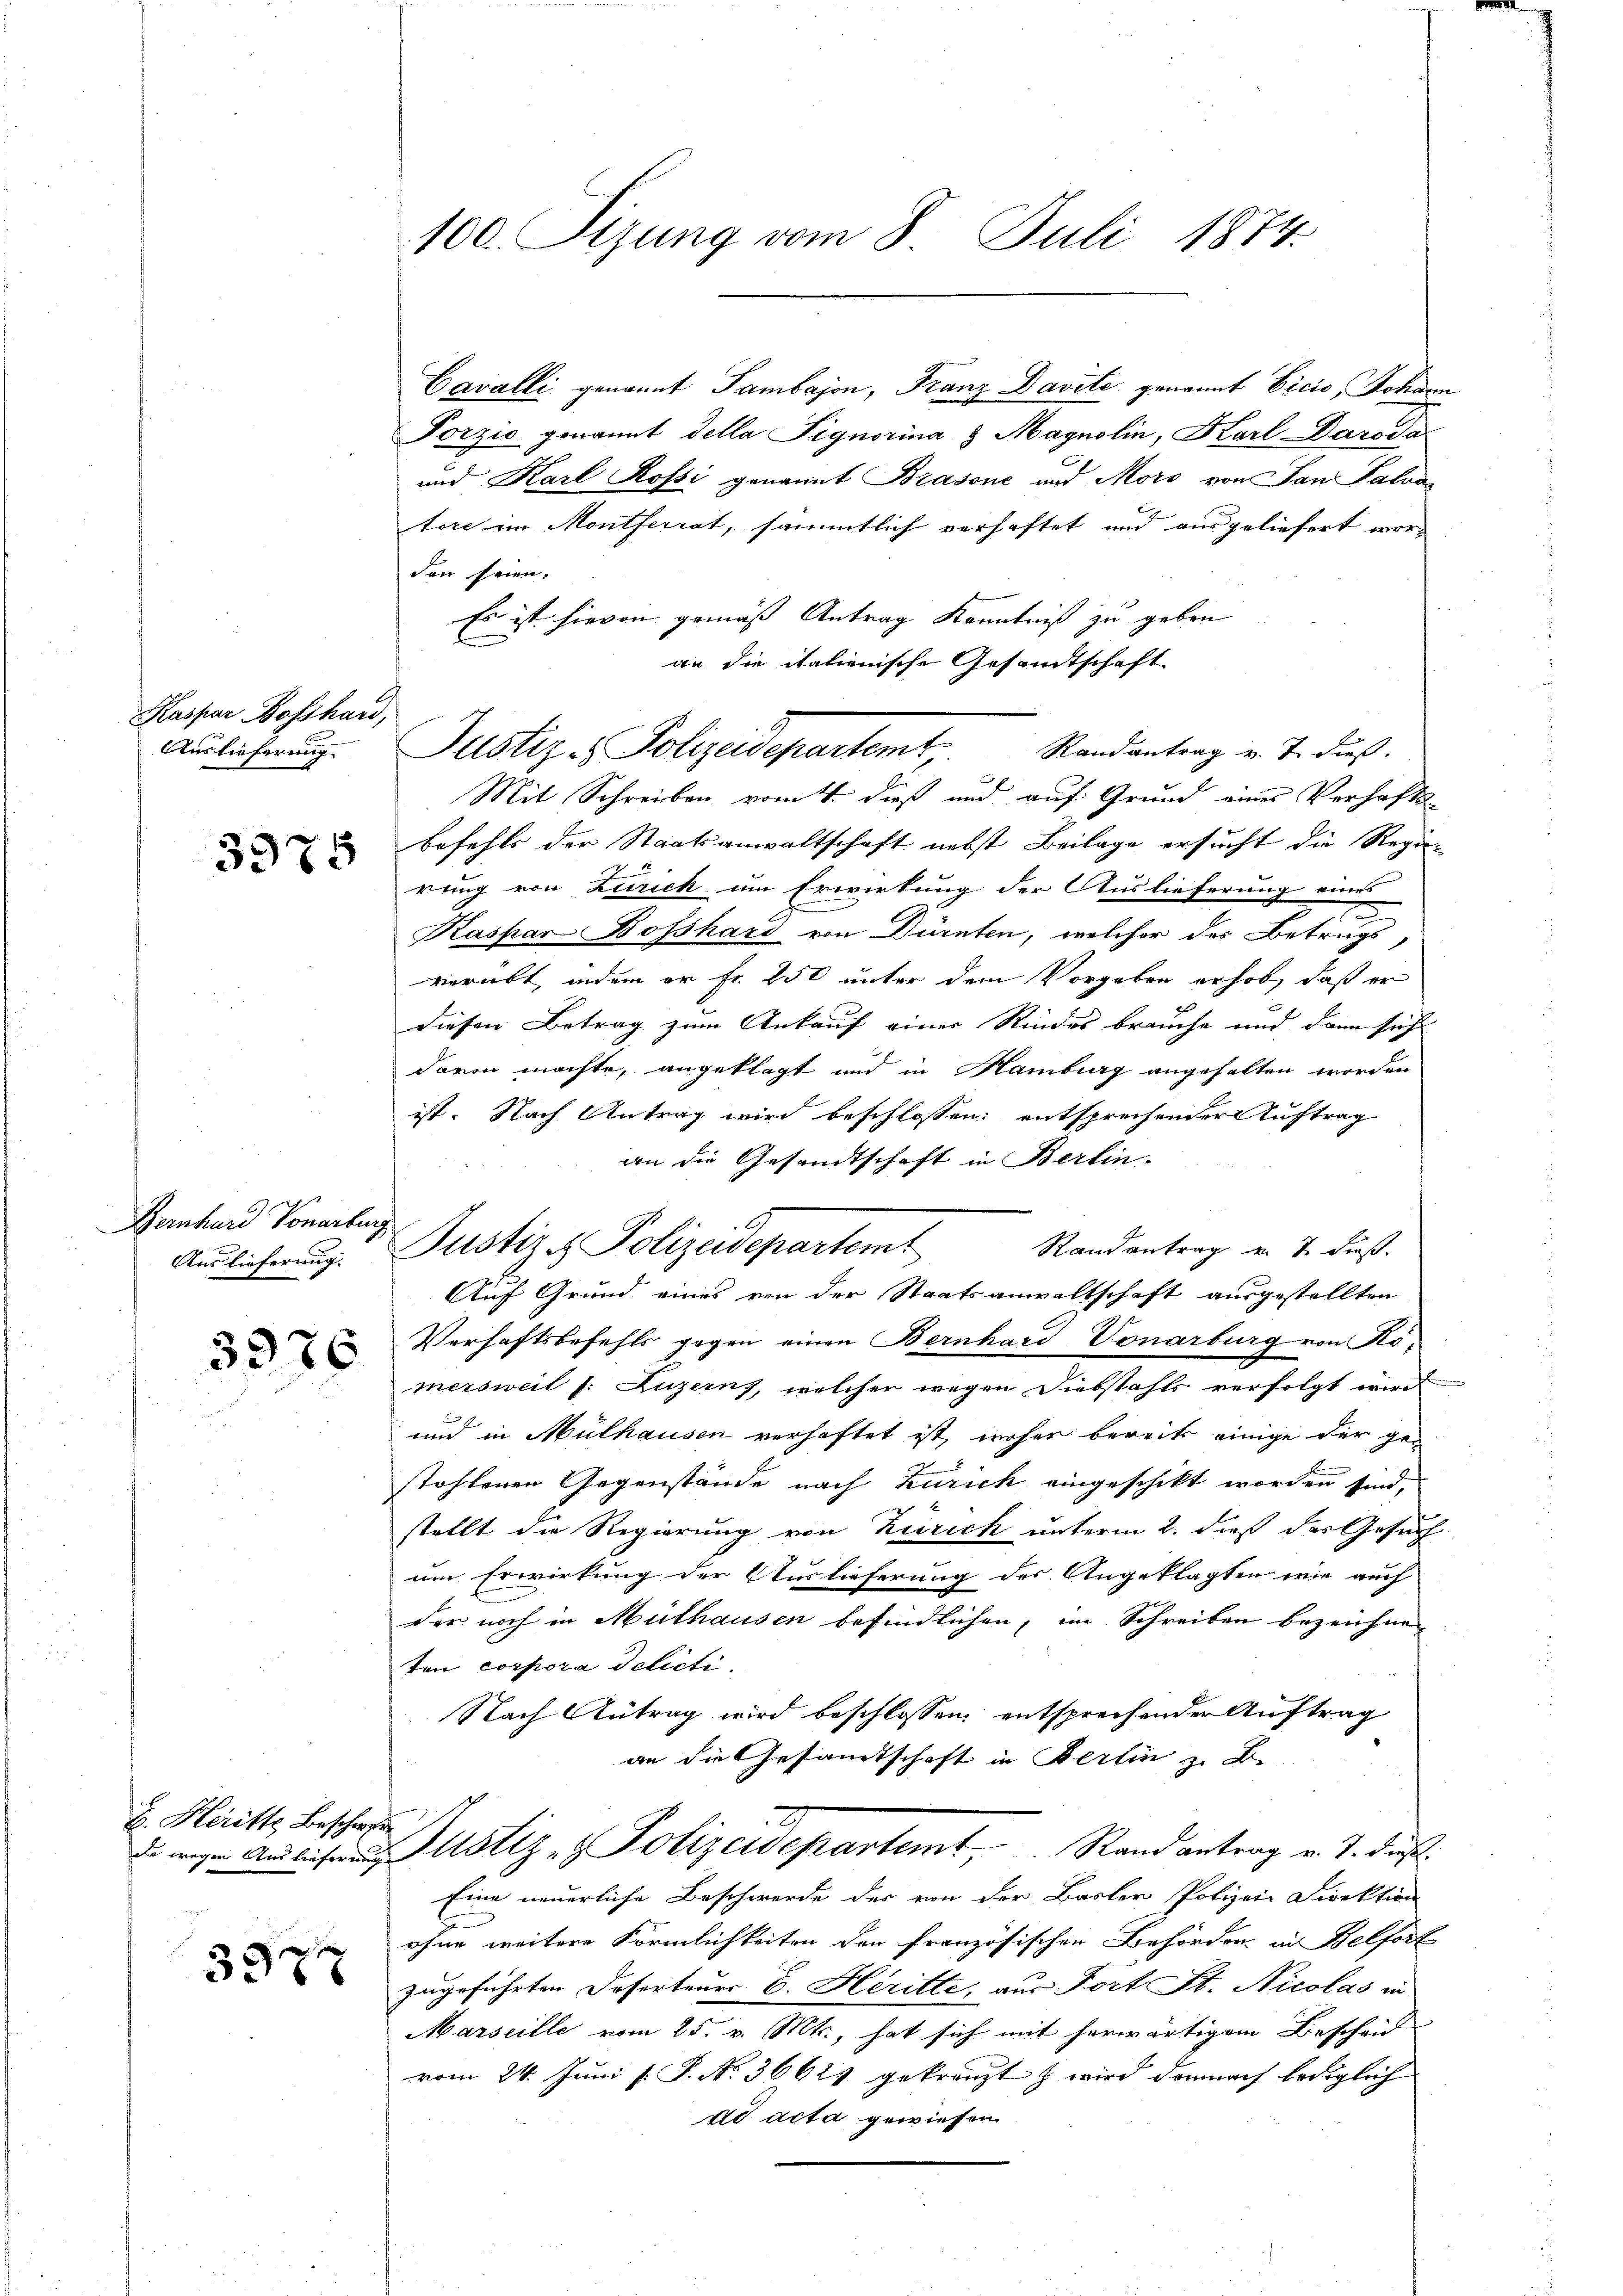
Kaspar Bosshand,
Auslieferung.

3375

Panton Vorenten
Auslieferung. |

3976

E. Heritte Beschwefen

3977

100. Sizung vom 8. Juli 1874.

den seien.
Es ist hievon gemäß Antrag Kenntniß zu geben
an die italienische Gesandtschaft
B
Mit Schreiben vom 4. dieß und auf Grund eines Verhafts-
befehls der Staatsanwaltschaft nebst Beilage ersucht die Regie-
rung von Zürich um Erwirkung der Auslieferung eines
Kaspar Bosshard von Dürnten, welcher der Betrugs,
verübt, indem er fr. 250 unter dem Vorgeben erhob, daß er
diesen Betrag zum Ankauf einer Rindes brauche und dann sich
davon machte, angeklagt und in Hamburg angehalten worden
ist. Nach Antrag wird beschlossen: entsprechender Auftrag
an die Gesandtschaft in Berlin
Randantrag v. 7. dieß.
Auf Grund eines von der Staatsanwaltschaft ausgestellten
Verhaftsbefehls gegen einen Bernhard Vonarburg von Romersweil (: Luzerns, welcher wegen Diebstahls verfolgt wird.
und in Mülhausen verhaftet ist, woher bereits einige der ge-
e
stohlenen Gegenstände nach Zürich eingeschikt worden sind,
stellt die Regierung von Zürich unterm 2. dieß das Gesuch
um Erwirkung der Auslieferung des Angeklagten wie auch
der noch in Mithausen befindlichen, im Schreiben bezeichne
ten corpora delicti.
Nach Antrag wird beschlossen, entsprechender Auftrag
an die Gesamtschaft in Berlin z. B.
de wegen Auslieferung Justiz- & Polizeidepartemt Rand antrag v. J. dieß.
Eine neuerliche Beschwerde der von der Basler Polizei Direktion
ohne weitere Förmlichkeiten der französischen Behörden in Belfort
zugeführten Deserteurs d. Heritte, aus Fort St. Nicolas in
Marseille vom 25. v. Mts., hat sich mit herwärtigem Bescheid
vom 24. Juni l. P. N. 36624 gekränzt & wird demnach lediglich
dd acta gewiesen

Justiz - Polizeidepartemt, Randantrag v. J. dieß.

Cavalli genannt Tambajon, Franz Davite genannt Vicis Johann
Porzio genannt della Pignorina & Magnolin, Karl Daroda¬
und Karl Rossi genannt Brasone und Mors von San Falra
tore im Montferrat, sämmtlich verhaftet und ausgeliefert wor¬

Justiz & Polizeidepartemt